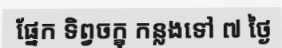
ផ្នែក ទិព្វចក្ខុ កន្លងទៅ ៧ ថ្ងៃ